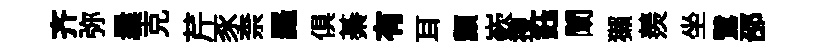
齐弥曩克芹豕柰羅俱綦有耳纇嶔搜鈺闡獺羨坐鷺邵